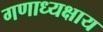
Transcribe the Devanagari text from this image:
गणाध्यक्षाय